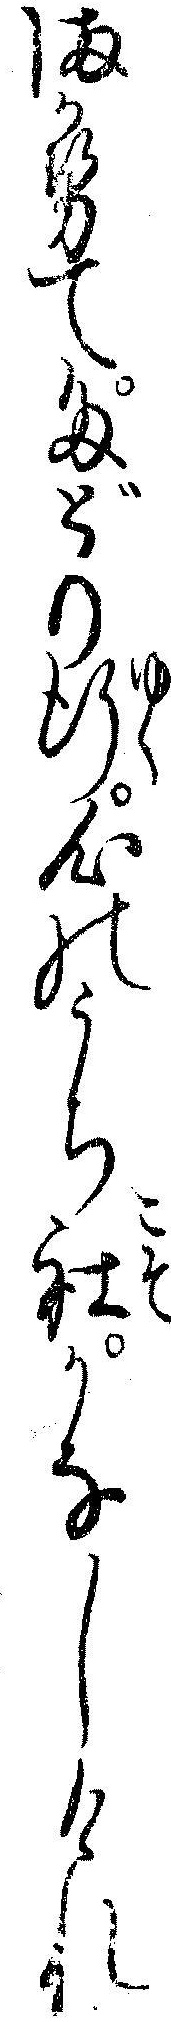
まかせてたどり行心のうち社かなしけれ